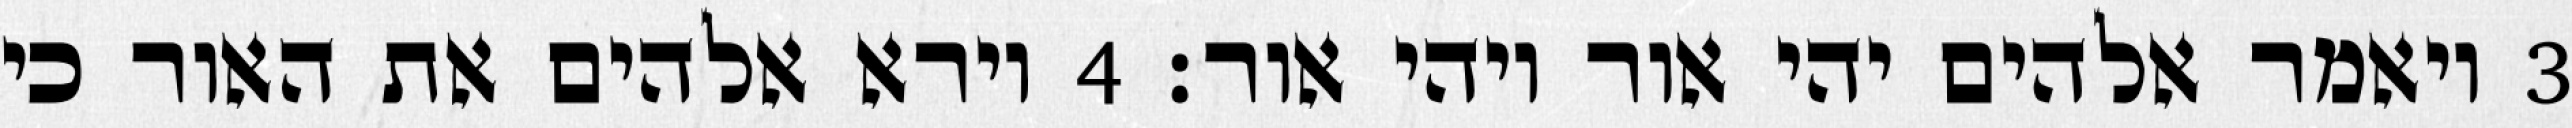
‎3‏ ויאמר אלהים יהי אור ויהי אור׃ ‎4‏ וירא אלהים את האור כי